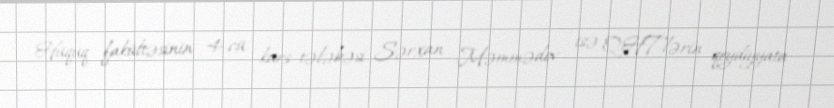
Hüquq fakültəsinin 4-cü kurs tələbəsi Sərxan Məmmədov isə QHT-lərin qeydiyyata